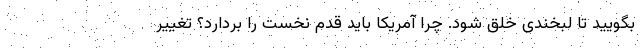
بگویید تا لبخندی خلق شود. چرا آمریکا باید قدم نخست را بردارد؟ تغییر